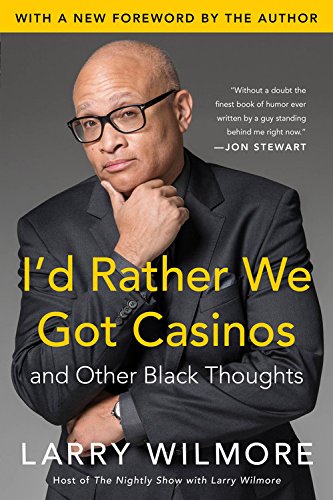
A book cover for I'd Rather We Got Casinos: And Other Black Thoughts; Larry Wilmore; Humor & Entertainment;